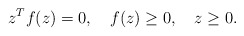
\begin{align*}z^Tf(z)=0, \ \ \ f(z)\geq 0 , \ \ \ z\geq 0.\end{align*}